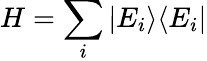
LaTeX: H=\sum_{i}|E_{i}\rangle\langle E_{i}|